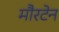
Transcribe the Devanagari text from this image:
मौरटेन